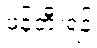
ဖန်တီးရန်